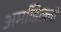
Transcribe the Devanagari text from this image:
अर्माडिल्लो